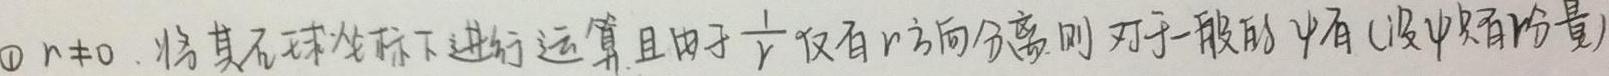
\textcircled{1} $n\neq0$. 将其在球坐标下进行运算,且由于$\frac{1}{r}$仅有$r$方向分量,则对于一般的$\psi$有(设$\psi$只有分量)